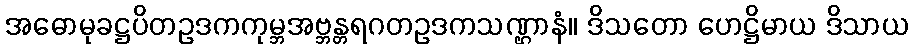
အဓောမုခဋ္ဌပိတဥဒကကုမ္ဘအဗ္ဘန္တရဂတဥဒကသဏ္ဌာနံ။ ဒိသတော ဟေဋ္ဌိမာယ ဒိသာယ